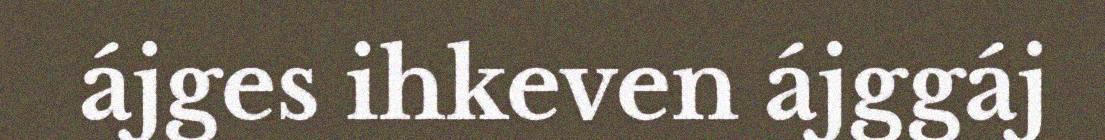
ájges ihkeven ájggáj